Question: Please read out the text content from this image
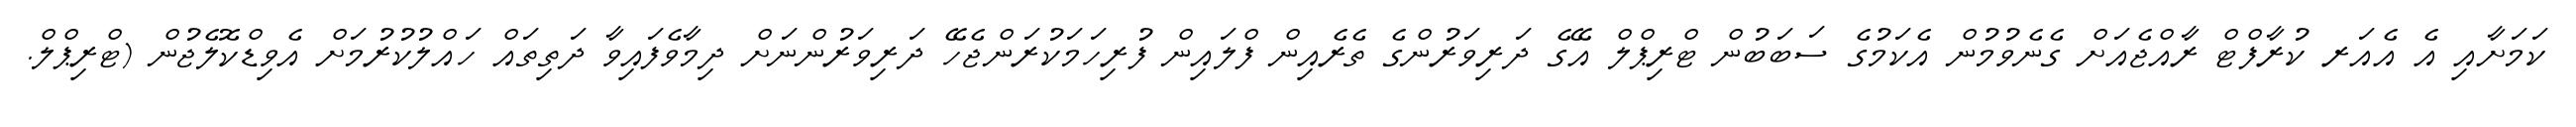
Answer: ކަމަށާއި އެ އެއަރ ކުރާފްޓް ރާއްޖެއަށް ގެނެވުމުން އެކަމުގެ ސަބަބުން ޓްރިޕްލް އޭގެ ދަރިވަރުންގެ ތެރެއިން ފްލައިން ފުރިހަމަކުރަންޖެހޭ ދަރިވަރުންނަށް ދިމާވެފައިވާ ދަތިތައް ހައްލުކުރުމަށް އެވިޑްކޮލެޖުން (ޓްރިޕްލް.